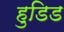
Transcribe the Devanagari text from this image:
हुडिड